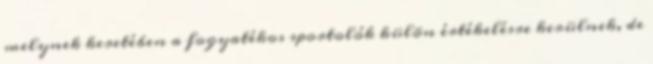
melynek keretében a fogyatékos sportolók külön értékelésre kerülnek, de